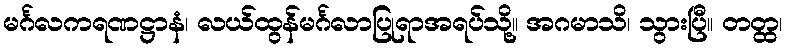
မင်္ဂလကရဏဋ္ဌာနံ၊ လယ်ထွန်မင်္ဂလာပြုရာအရပ်သို့။ အဂမာသိ၊ သွားပြီ။ တတ္ထ၊